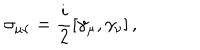
LaTeX: \sigma _ { \mu \nu } = \frac { i } { 2 } \left[ \gamma _ { \mu } , \gamma _ { \nu } \right] ,